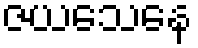
ဇယသေနေ